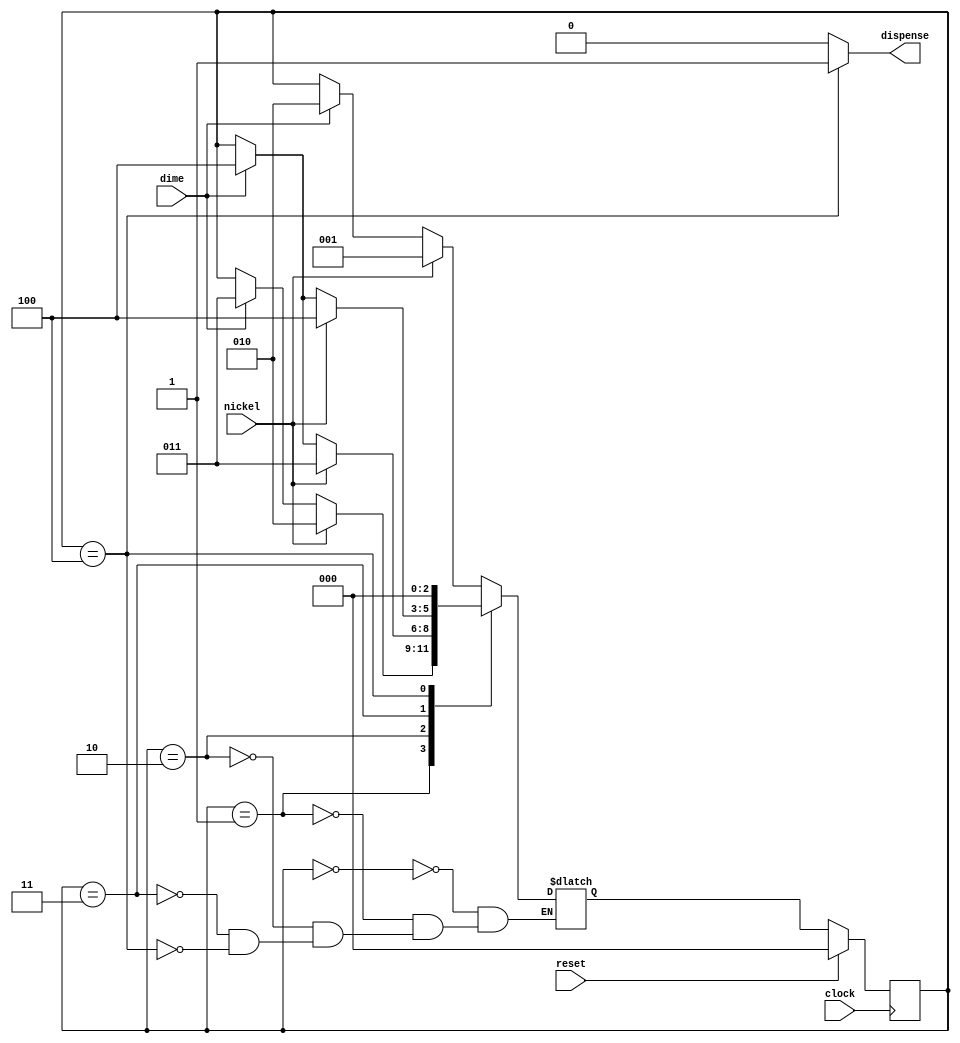
module VerilogVendingMachine(
  input clock,
  input reset,
  input nickel,
  input dime,
  output dispense
);
  parameter sIdle = 3'd0, s5 = 3'd1, s10 = 3'd2, s15 = 3'd3, sOk = 3'd4;
  reg [2:0] state;
  wire [2:0] next_state;

  assign dispense = (state == sOk) ? 1'd1 : 1'd0;

  always @(*) begin
    case (state)
      sIdle: if (nickel) next_state <= s5;
             else if (dime) next_state <= s10;
             else next_state <= state;
      s5: if (nickel) next_state <= s10;
             else if (dime) next_state <= s15;
             else next_state <= state;
      s10: if (nickel) next_state <= s15;
             else if (dime) next_state <= sOk;
             else next_state <= state;
      s15: if (nickel) next_state <= sOk;
             else if (dime) next_state <= sOk;
             else next_state <= state;
      sOk: next_state <= sIdle;
    endcase
  end

  // Go to next state
  always @(posedge clock) begin
    if (reset) begin
      state <= sIdle;
    end else begin
      state <= next_state;
    end
  end
endmodule